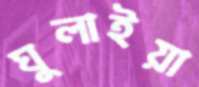
ঘুলাইয়া